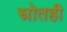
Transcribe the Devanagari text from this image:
स्रोतही